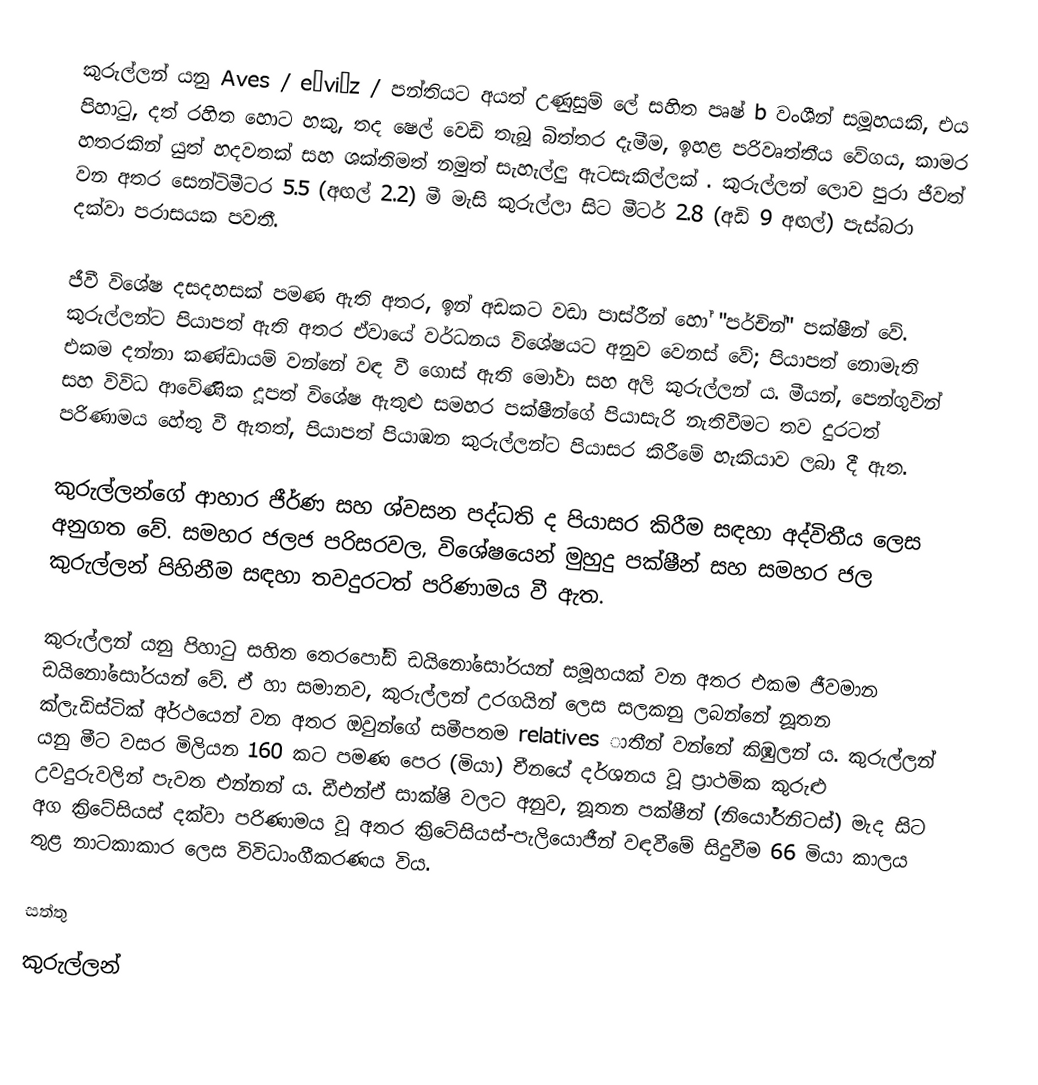
කුරුල්ලන් යනු Aves / eɪviːz / පන්තියට අයත් උණුසුම් ලේ සහිත පෘෂ් b වංශීන් සමූහයකි, එය පිහාටු, දත් රහිත හොට හකු, තද ෂෙල් වෙඩි තැබූ බිත්තර දැමීම, ඉහළ පරිවෘත්තීය වේගය, කාමර හතරකින් යුත් හදවතක් සහ ශක්තිමත් නමුත් සැහැල්ලු ඇටසැකිල්ලක් . කුරුල්ලන් ලොව පුරා ජීවත් වන අතර සෙන්ටිමීටර 5.5 (අඟල් 2.2) මී මැසි කුරුල්ලා සිට මීටර් 2.8 (අඩි 9 අඟල්) පැස්බරා දක්වා පරාසයක පවතී.

ජීවී විශේෂ දසදහසක් පමණ ඇති අතර, ඉන් අඩකට වඩා පාස්රීන් හෝ "පර්චින්" පක්ෂීන් වේ. කුරුල්ලන්ට පියාපත් ඇති අතර ඒවායේ වර්ධනය විශේෂයට අනුව වෙනස් වේ; පියාපත් නොමැති එකම දන්නා කණ්ඩායම් වන්නේ වඳ වී ගොස් ඇති මෝවා සහ අලි කුරුල්ලන් ය. මීයන්, පෙන්ගුවින් සහ විවිධ ආවේණික දූපත් විශේෂ ඇතුළු සමහර පක්ෂීන්ගේ පියාසැරි නැතිවීමට තව දුරටත් පරිණාමය හේතු වී ඇතත්, පියාපත් පියාඹන කුරුල්ලන්ට පියාසර කිරීමේ හැකියාව ලබා දී ඇත.

කුරුල්ලන්ගේ ආහාර ජීර්ණ සහ ශ්වසන පද්ධති ද පියාසර කිරීම සඳහා අද්විතීය ලෙස අනුගත වේ. සමහර ජලජ පරිසරවල, විශේෂයෙන් මුහුදු පක්ෂීන් සහ සමහර ජල කුරුල්ලන් පිහිනීම සඳහා තවදුරටත් පරිණාමය වී ඇත.

කුරුල්ලන් යනු පිහාටු සහිත තෙරපෝඩ් ඩයිනෝසෝරයන් සමූහයක් වන අතර එකම ජීවමාන ඩයිනෝසෝරයන් වේ. ඒ හා සමානව, කුරුල්ලන් උරගයින් ලෙස සලකනු ලබන්නේ නූතන ක්ලැඩිස්ටික් අර්ථයෙන් වන අතර ඔවුන්ගේ සමීපතම relatives ාතීන් වන්නේ කිඹුලන් ය. කුරුල්ලන් යනු මීට වසර මිලියන 160 කට පමණ පෙර (මියා) චීනයේ දර්ශනය වූ ප්‍රාථමික කුරුළු උවදුරුවලින් පැවත එන්නන් ය. ඩීඑන්ඒ සාක්ෂි වලට අනුව, නූතන පක්ෂීන් (නියෝර්නිටස්) මැද සිට අග ක්‍රිටේසියස් දක්වා පරිණාමය වූ අතර ක්‍රිටේසියස්-පැලියොජීන් වඳවීමේ සිදුවීම 66 මියා කාලය තුළ නාටකාකාර ලෙස විවිධාංගීකරණය විය.

සත්තු
කුරුල්ලන්